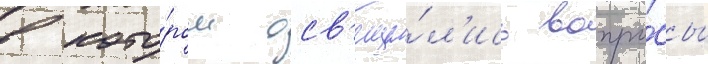
в кото́ром осв'еща́л'ись вопро́сы